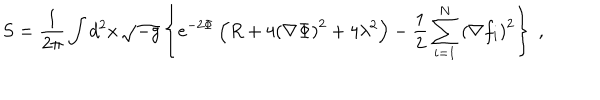
LaTeX: S = { \frac { 1 } { 2 \pi } } \int d ^ { 2 } x \, \sqrt { - g } \left\{ e ^ { - 2 \Phi } \left( R + 4 { \left( \nabla \Phi \right) } ^ { 2 } + 4 \lambda ^ { 2 } \right) - { \frac { 1 } { 2 } } \sum _ { i = 1 } ^ { N } { \left( \nabla f _ { i } \right) } ^ { 2 } \right\} \; ,